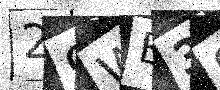
Text: 29WB3S